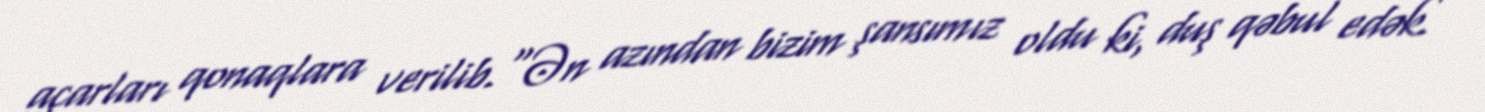
açarları qonaqlara verilib.“Ən azından bizim şansımız oldu ki, duş qəbul edək.